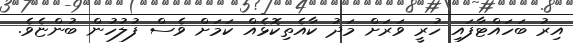
އިރު ބަހައްޓާފައި ހުރީ ވަރަށް މަދު ކާއެތިކޮޅެއް ކަމަށް ވެސް ފުލުހުން ބުންޏެވެ.